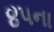
૪૫ના